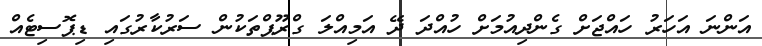
އަންނަ އަހަރު ހައްޖަށް ގެންދިއުމަށް ހުއްދަ ދޭ އަމިއްލަ ގްރޫޕްތަކުން ސަރުކާރުގައި ޑިޕޮސިޓެއް